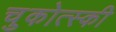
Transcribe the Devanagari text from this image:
चुकोत्स्की